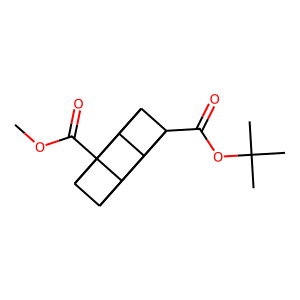
SMILES: COC(=O)C12C3C4C1C1C2C3C41C(=O)OC(C)(C)C
Inhibits HIV replication: No